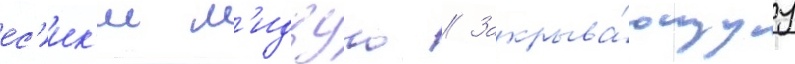
ес'ик'и м'идзуно // Закрыва́ющуу